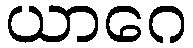
ယာဂေ